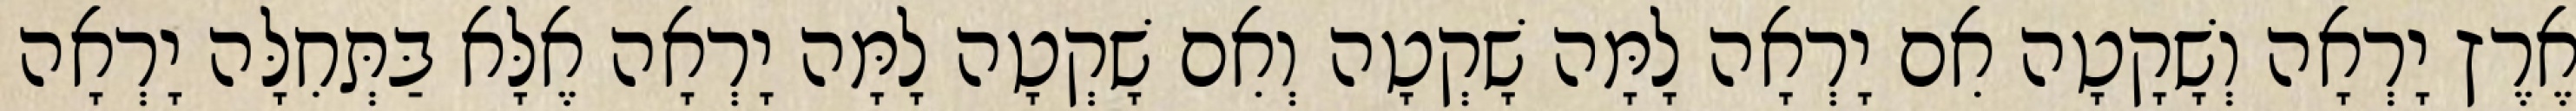
אֶרֶץ יָרְאָה וְשָׁקָטָה אִם יָרְאָה לָמָּה שָׁקְטָה וְאִם שָׁקְטָה לָמָּה יָרְאָה אֶלָּא בַּתְּחִלָּה יָרְאָה